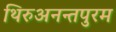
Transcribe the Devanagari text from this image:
थिरुअनन्तपुरम